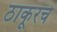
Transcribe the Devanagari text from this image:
ठाकूरचे